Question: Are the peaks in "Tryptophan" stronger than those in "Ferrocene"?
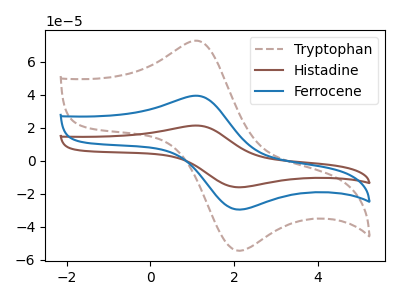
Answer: <think>The brown dashed curve "Tryptophan" has an anodic peak at (1.15V, 72.65uA) and a cathodic peak at (2.10V, -54.45uA). The brown curve "Histadine" has an anodic peak at (1.15V, 78.75uA) and a cathodic peak at (2.10V, -59.05uA). The blue curve "Ferrocene" has an anodic peak at (1.15V, 39.40uA) and a cathodic peak at (2.10V, -29.50uA).</think>
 <answer>Every peak in "Tryptophan" is higher than every peak in "Ferrocene".</answer>
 <eval>higher</eval>